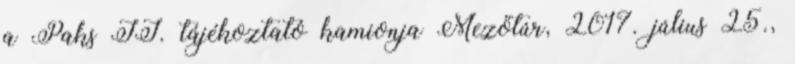
a Paks II. tájékoztató kamionja Mezőtúr, 2017. július 25.,